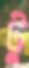
টু